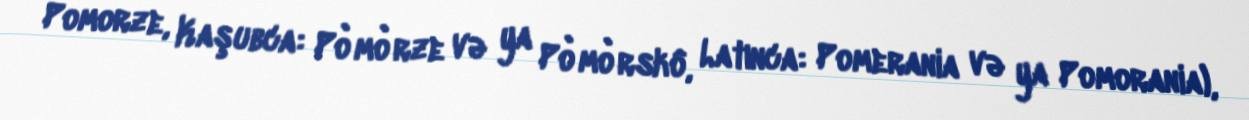
Pomorze, Kaşubca: Pòmòrze və ya Pòmòrskô, Latınca: Pomerania və ya Pomorania),